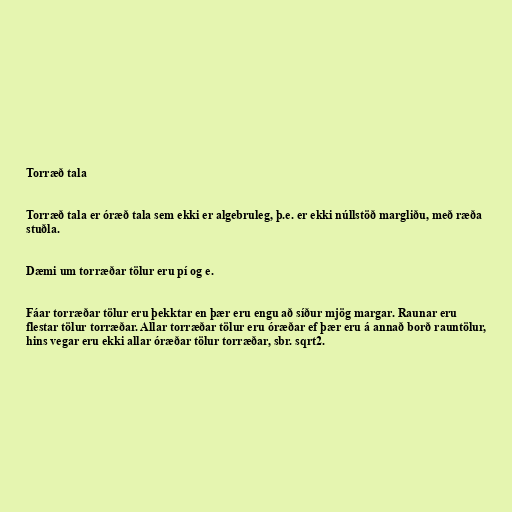
Torræð tala

Torræð tala er óræð tala sem ekki er algebruleg, þ.e. er ekki núllstöð margliðu, með ræða
stuðla.

Dæmi um torræðar tölur eru pí og e.

Fáar torræðar tölur eru þekktar en þær eru engu að síður mjög margar. Raunar eru
flestar tölur torræðar. Allar torræðar tölur eru óræðar ef þær eru á annað borð rauntölur,
hins vegar eru ekki allar óræðar tölur torræðar, sbr. sqrt2.